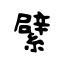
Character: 繴